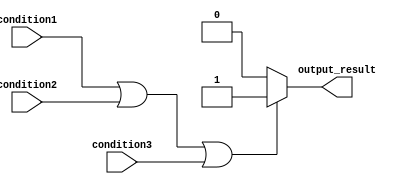
module if_else_statement (
    input wire condition1,
    input wire condition2,
    input wire condition3,
    output reg output_result
);

always @(*) begin
    if (condition1 || condition2 || condition3) begin
        // Execute these statements if at least one condition is true
        output_result = 1;
    end
    else begin
        // Execute these statements if none of the conditions are true
        output_result = 0;
    end
end

endmodule